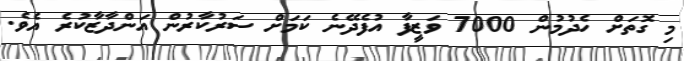
މި ގޮތަށް ހެދުމުން 7000 ވަޒީފާ އުފެދޭނެ ކަމަށް ސަރުކާރުން އަންދާޒާކުރެ އެވެ.